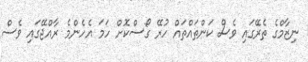
ނިޒާމްގެ ތެރޭގައި ވެސް ކަންތައްތައް ހުރޭ ގޯސްކޮށް ހަމަ އެހެންމެ ރާއްޖޭގައި ވެސް